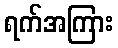
ရက်အကြား